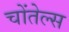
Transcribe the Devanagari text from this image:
चोंतेल्स